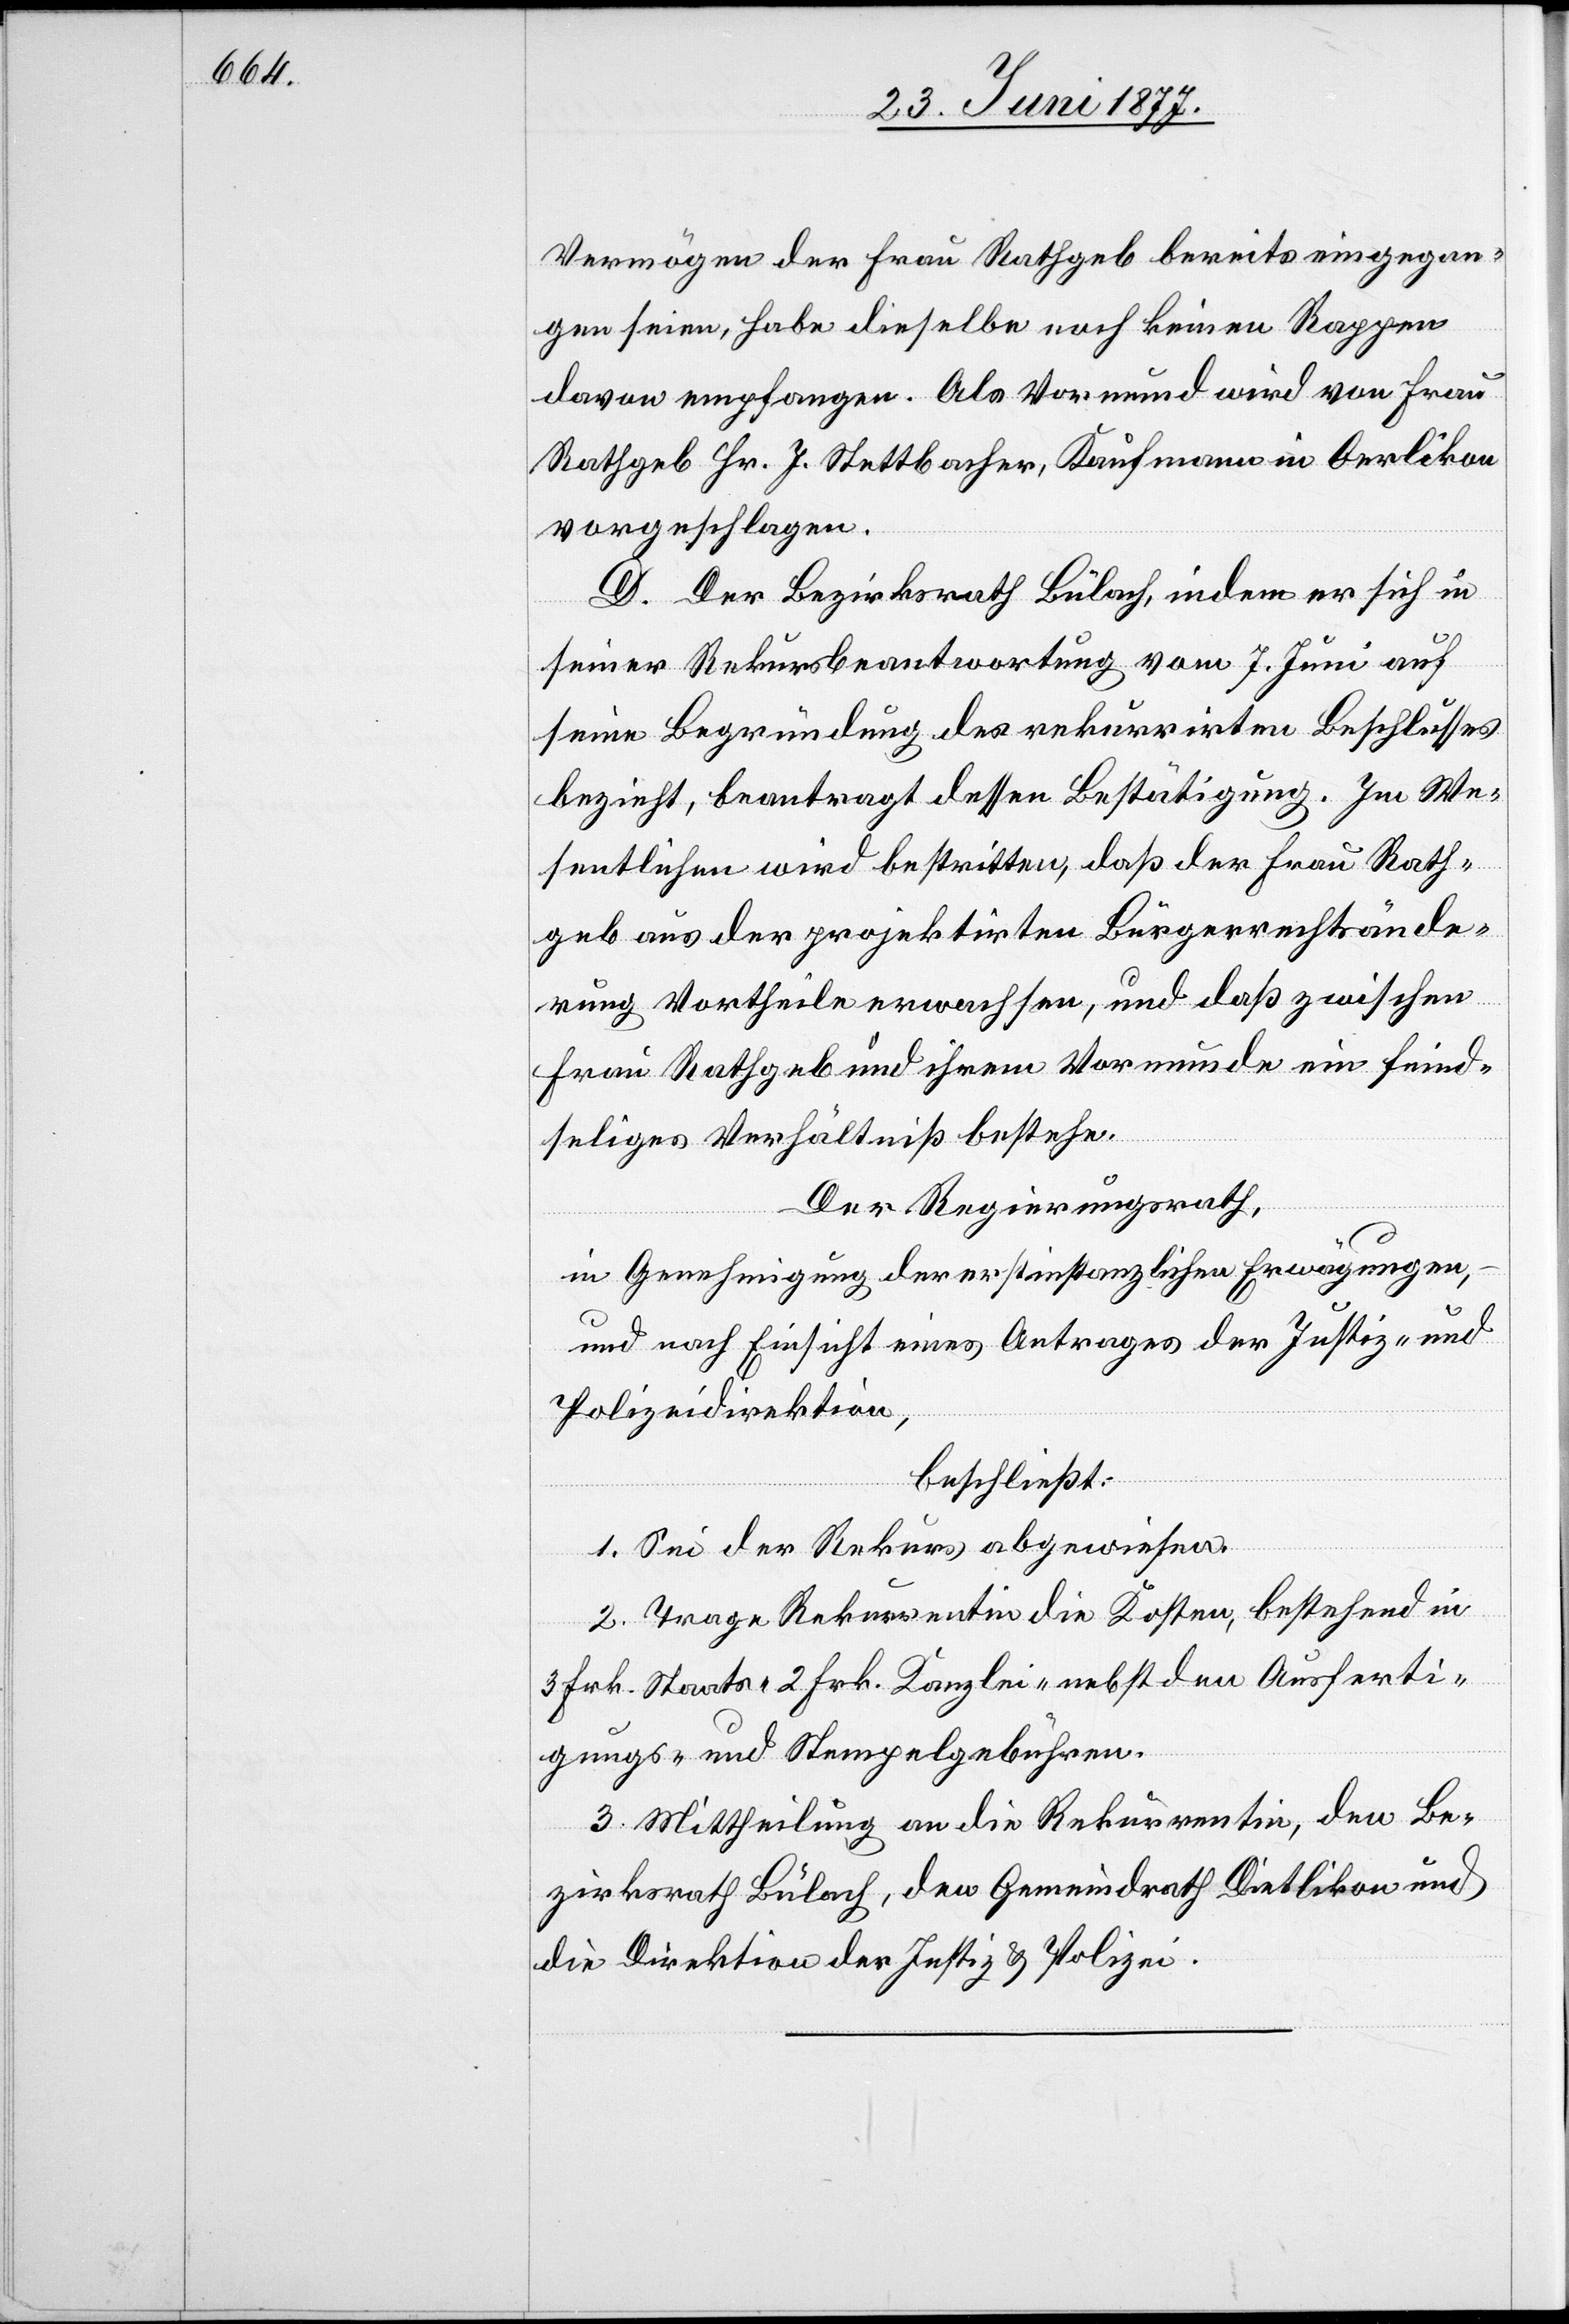
Vermögen der Frau Rathgeb bereits eingegan¬
gen seien, habe dieselbe noch keinen Rappen
davon empfangen. Als Vormund wird von Frau
Rathgeb Hr. J. Stettbacher, Kaufmann in Oerlikon
vorgeschlagen.
D. Der Bezirksrath Bülach, indem er sich in
seiner Rekursbeantwortung vom 7. Juni auf
seine Begründung des rekurrirten Beschlusses
bezieht, beantragt dessen Bestätigung. Im We¬
sentlichen wird bestritten, daß der Frau Rath¬
geb aus der projektirten Bürgerrechtsände¬
rung Vortheile erwachsen, und daß zwischen
Frau Rathgeb und ihrem Vormunde ein feind¬
seliges Verhältniß bestehe.
Der Regierungsrath,
in Genehmigung der erstinstanzlichen Erwägungen,
und nach Einsicht eines Antrages der Justiz- und
Polizeidirektion,
beschließt:
1. Sei der Rekurs abgewiesen.
2. Trage Rekurrentin die Kosten, bestehend in
3 Frk. Staats- 2 Frk. Kanzlei- nebst den Ausferti¬
gungs- und Stempelgebühren.
3. Mittheilung an die Rekurrentin, der Be¬
zirksrath Bülach, den Gemeindrath Dietlikon und
die Direktion der Justiz & Polizei.